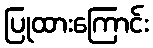
ပြုထားကြောင်း